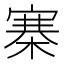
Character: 寨